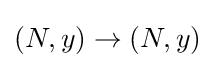
(N,y)\to (N,y)